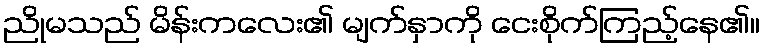
ညိုမသည် မိန်းကလေး၏ မျက်နှာကို ငေးစိုက်ကြည့်နေ၏။